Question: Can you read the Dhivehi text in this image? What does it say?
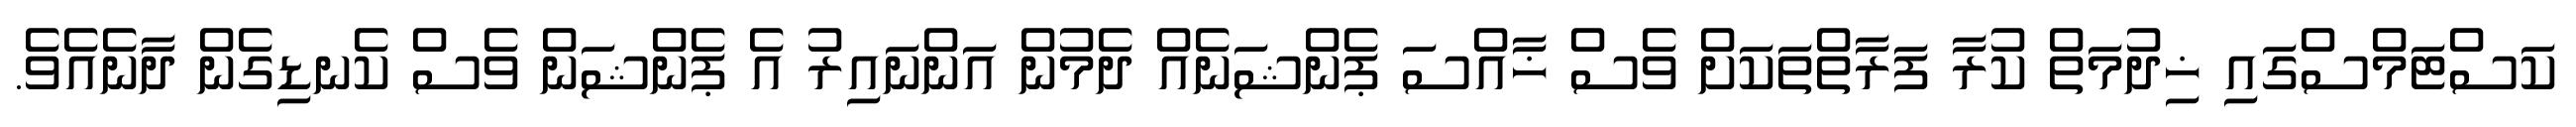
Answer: ކަސްޓަމްސްގައި ޚިދުމަތް ކުރާ ފަރާތްތަކަށް ވެސް ޚާއްސަ ޕެންޝަނެއް ދެމުން އަންނައިރު އެ ޕެންޝަން ވެސް ކެނޑިގެން ދާނެއެވެ.